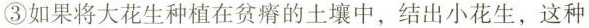
③如果将大花生种植在贫瘠的土壤中，结出小花生，这种